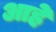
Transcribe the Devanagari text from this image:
आहेे